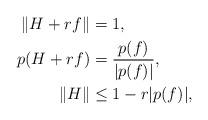
LaTeX: \begin{align*} \|H+rf\|&=1, \\p(H+rf)&=\frac{p(f)}{|p(f)|}, \\\|H\|&\le 1-r|p(f)|, \end{align*}